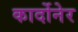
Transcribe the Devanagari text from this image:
कार्दोनेर